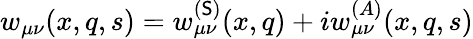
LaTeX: w_{\mu\nu}(x,q,s)=w_{\mu\nu}^{(\mathsf{S})}(x,q)+iw_{\mu\nu}^{(A)}(x,q,s)